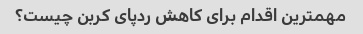
مهمترین اقدام برای کاهش ردپای کربن چیست؟